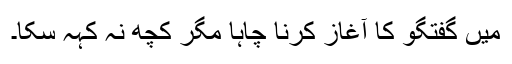
میں گفتگو کا آغاز کرنا چاہا مگر کچھ نہ کہہ سکا۔